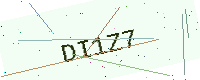
Text: DI1Z7